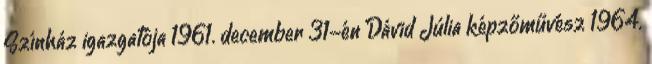
Színház igazgatója 1961. december 31-én Dávid Júlia képzőművész 1964.